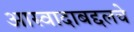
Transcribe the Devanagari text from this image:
आस्वादाबद्दलचे